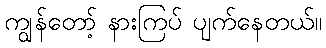
ကျွန်တော့် နားကြပ် ပျက်နေတယ်။